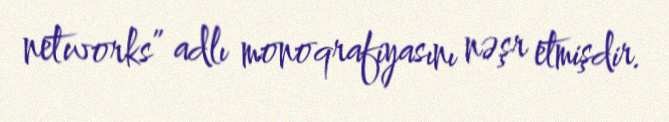
networks” adlı monoqrafiyasını nəşr etmişdir.